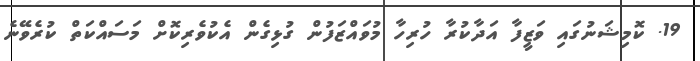
19. ކޮމިޝަނުގައި ވަޒީފާ އަދާކުރާ ހުރިހާ މުވައްޒަފުން ގުޅިގެން އެކުވެރިކޮށް މަސައްކަތް ކުރެވޭނެ